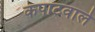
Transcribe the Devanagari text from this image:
कपाटवाले